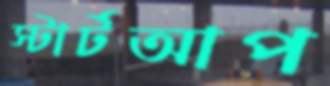
স্টার্টআপ